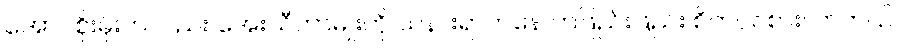
အောင်စိုးမိုးကလည်း အေးသီတာမျိုးကို သနားရာကနေ တဖြည်းဖြည်း စိတ်ဝင်စားလာတယ်။